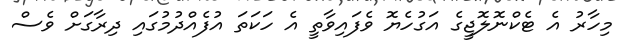
މިހާރު އެ ޓެކްނޮލޮޖީގެ އަގުހެޔޮ ވެފައިވާތީ އެ ހަކަތަ އުފެއްދުމުގައި ދިރާގަށް ވެސް